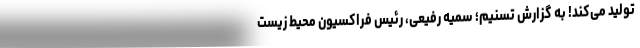
تولید می‌کند! به گزارش تسنیم؛ سمیه رفیعی، رئیس فراکسیون محیط زیست